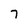
Character: 7